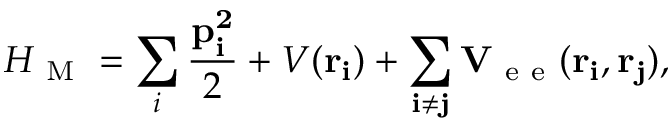
H _ { \mathrm { ~ M ~ } } = \sum _ { i } \frac { \bf p _ { i } ^ { 2 } } { 2 } + V ( \bf r _ { i } ) + \sum _ { i \ne j } V _ { \mathrm { ~ e ~ e ~ } } ( \bf r _ { i } , \bf r _ { j } ) ,